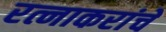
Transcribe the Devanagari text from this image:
रत्नाकरांचे